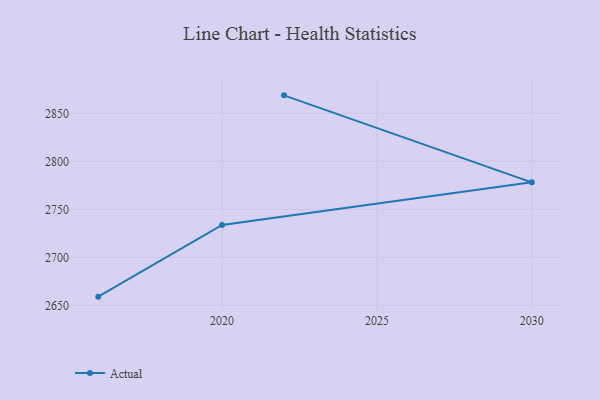
{"axis": {"x": "Year", "y": "Demand Index"}, "legend": ["Actual"], "data": [{"x": "2022", "y": 2868.7, "type": "Actual"}, {"x": "2030", "y": 2778.1, "type": "Actual"}, {"x": "2020", "y": 2733.8, "type": "Actual"}, {"x": "2016", "y": 2659.1, "type": "Actual"}]}